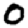
Digit: 0